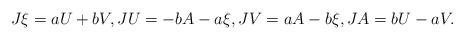
LaTeX: \begin{align*}J\xi = aU+bV, JU = -bA-a\xi, JV = aA-b\xi, JA=bU-aV.\end{align*}